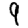
Digit: 9